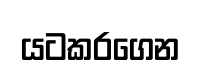
යටකරගෙන